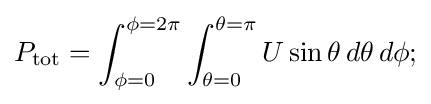
P_{\text{tot}}=\int _{\phi =0}^{\phi =2\pi }\int _{\theta =0}^{\theta =\pi }U\sin \theta \,d\theta \,d\phi ;